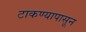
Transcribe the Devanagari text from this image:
टाकण्यापासून